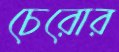
চেরোর